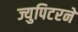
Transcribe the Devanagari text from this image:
ज्युपिटरने